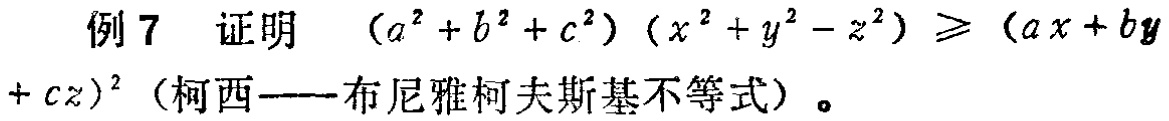
例 7 证明 \((a^{2}+b^{2}+c^{2})(x^{2}+y^{2}-z^{2})\geqslant(ax + by+cz)^{2}\)（柯西——布尼雅柯夫斯基不等式）。